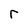
Character: r